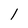
Character: 1